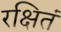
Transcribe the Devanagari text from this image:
रक्षितं